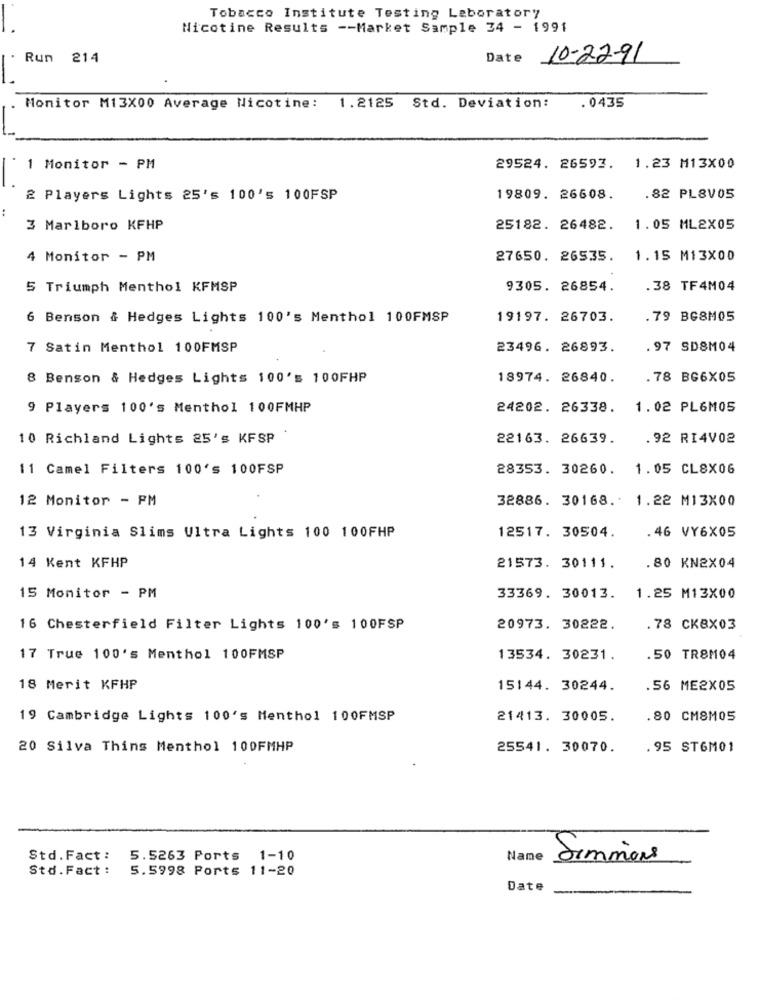
Tobacco Institute Testing Laboratory
Nicotine Results -- Market Sample 34 - 1991
Run 214
Date 10-22-91
Monitor M13X00 Average Nicotine: 1.2125 Std. Deviation:
.0435
1 Monitor - PM
29524. 26593. 1.23 M13X00
2 Players Lights 25's 100's 100FSP
19809. 26608.
.82 PL8V05
3 Marlboro KFHP
25182. 26482.
1.05 ML2X05
4 Monitor - PM
27650. 26535.
1.15 M13X00
5 Triumph Menthol KFMSP
9305. 26854.
.38 TF4M04
6 Benson & Hedges Lights 100's Menthol 100FMSP
19197. 26703.
. 79 BGSM05
7 Satin Menthol 100FMSP
23496. 26893.
.97 SD8M04
8 Benson & Hedges Lights 100's 100FHP
18974. 26840.
.78 BG6X05
9 Players 100's Menthol 100FMHP
24202. 26338. 1.02 PL6MOS
10 Richland Lights 25's KFSP
22163. 26639.
.92 RI4V02
11 Camel Filters 100's 100FSP
28353. 30260.
1.05 CL8X06
12 Monitor - PM
32886. 30168. 1.22 M13X00
12517. 30504.
13 Virginia Slims Ultra Lights 100 100FHP
.46 VY6X05
14 Kent KFHP
21573. 30111.
.80 KN2X04
15 Monitor - PM
33369. 30013.
1.25 M13X00
16 Chesterfield Filter Lights 100's 100FSP
20973. 30222.
.78 CKBX03
17 True 100's Menthol 100FMSP
13534. 30231.
.50 TR8M04
18 Merit KFHP
15144. 30244.
.56 ME2X05
19 Cambridge Lights 100's Menthol 100FMSP
21413. 30005.
.80 CM8M05
20 Silva Thing Menthol 100FMHP
25541. 30070.
.95 STGM01
Std.Fact :
5.5263 Ports 1-10
Name
Simmons
Std.Fact :
5.5998 Ports 11-20
Date